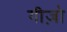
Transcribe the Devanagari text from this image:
गीज़ो